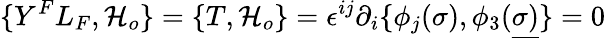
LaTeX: \{ Y^{F}L_{F},{\cal H}_{o}\} =\{ T,{\cal H}_{o}\} =\epsilon^{ij}\partial_{i}\{ \phi_{j}(\sigma),\phi_{3}(\underline{{{\sigma)}}}\} =0